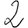
Digit: 2